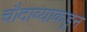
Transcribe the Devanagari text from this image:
चौदाव्याकडून